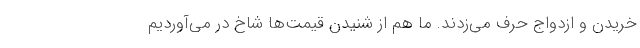
خریدن و ازدواج حرف می‌زدند. ما هم از شنیدن قیمت‌ها شاخ در می‌آوردیم